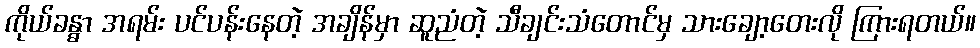
ကိုယ်ခန္ဓာ အရမ်း ပင်ပန်းနေတဲ့ အချိန်မှာ ဆူညံတဲ့ သီချင်းသံတောင်မှ သားချော့တေးလို ကြားရတယ်။